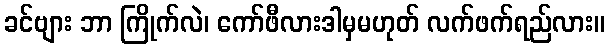
ခင်ဗျား ဘာ ကြိုက်လဲ၊ ကော်ဖီလားဒါမှမဟုတ် လက်ဖက်ရည်လား။